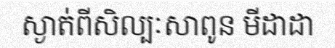
ស្ងាត់ពីសិល្បៈសាពូន មីដាដា